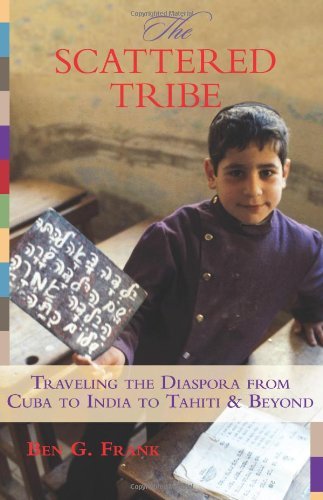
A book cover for The Scattered Tribe: Traveling the Diaspora from Cuba to India to Tahiti & Beyond; Ben G. Frank; Travel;